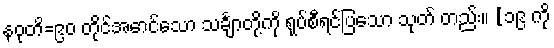
နဝုတိ=၉၀ တိုင်အောင်သော သင်္ချာတို့ကို ရုပ်စီရင်ပြသော သုတ် တည်း။ [၁၉ ကို